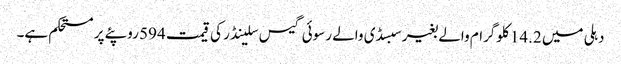
دہلی میں 14.2 کلوگرام والے بغیر سبسڈی والے رسوئی گیس سلینڈر کی قیمت 594 روپئے پر مستحکم ہے۔